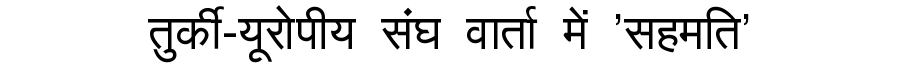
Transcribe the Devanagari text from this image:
तुर्की-यूरोपीय संघ वार्ता में 'सहमति'